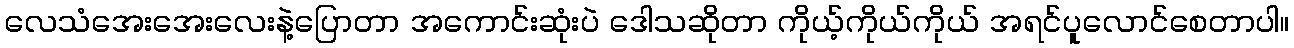
လေသံအေးအေးလေးနဲ့ပြောတာ အကောင်းဆုံးပဲ ဒေါသဆိုတာ ကိုယ့်ကိုယ်ကိုယ် အရင်ပူလောင်စေတာပါ။